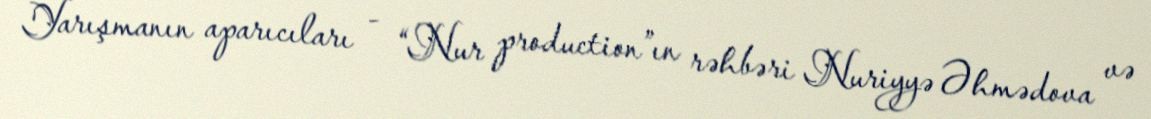
Yarışmanın aparıcıları - “Nur production”ın rəhbəri Nuriyyə Əhmədova və